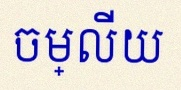
ចម្លើយ